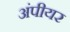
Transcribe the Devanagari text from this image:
अंपीयर